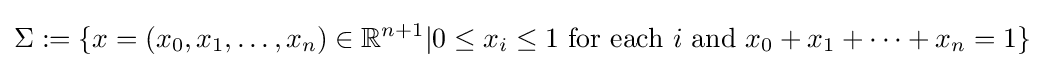
\Sigma :=\{x=(x_{0},x_{1},\dots ,x_{n})\in \mathbb {R} ^{n+1}|0\leq x_{i}\leq 1{\mbox{ for each }}i{\mbox{ and }}x_{0}+x_{1}+\dots +x_{n}=1\}